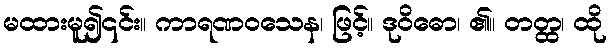
မထားမူ၍၎င်း။ ကာရဏဝသေန၊ ဖြင့်။ ဒုဝိဓော၊ ၏။ တတ္ထ၊ ထို